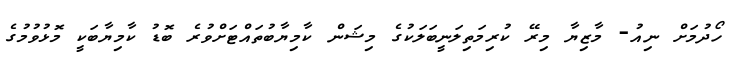
ހޯދުމަށް ނިއު- މާޒިޔާ މިރޭ ކުރިމަތިލަނީބަލަކުގެ މިޝަން ކާމިޔާބުތައްޓަށްވުރެ ބޮޑު ކާމިޔާބަކީ މޮޅުވުމުގެ